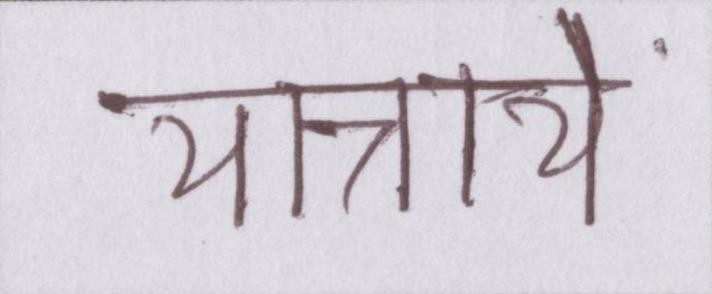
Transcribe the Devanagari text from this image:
यात्रायें